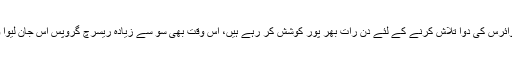
دنیا بھر کے ڈاکٹر اور سائنس دان کورونا وائرس کی دوا تلاش کرنے کے لئے دن رات بھر پور کوشش کر رہے ہیں، اس وقت بھی سو سے زیادہ ریسرچ گروپس اس جان لیوا وائرس کے خلاف تحقیق میں مصروف ہیں۔